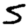
Digit: 5